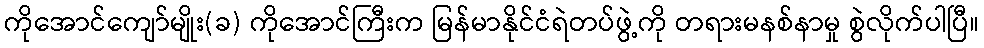
ကိုအောင်ကျော်မျိုး(ခ) ကိုအောင်ကြီးက မြန်မာနိုင်ငံရဲတပ်ဖွဲ့ကို တရားမနစ်နာမှု စွဲလိုက်ပါပြီ။